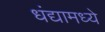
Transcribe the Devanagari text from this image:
धंद्यामध्ये